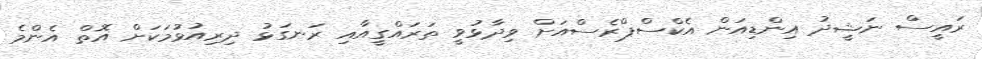
ރައީސް ނަޝީދު އިންޑިއަން އެކްސްޕްރެސްއަށް ވިދާޅުވީ ތަރައްގީއާއި ރަނގަޅު ދިރިއުޅުމަކަށް އޮތް އެންމެ